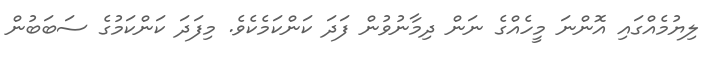
ލިޔުމެއްގައި އޮންނަ މީހެއްގެ ނަން ދިމާނުވުން ފަދަ ކަންކަމެކެވެ. މިފަދަ ކަންކަމުގެ ސަބަބުން